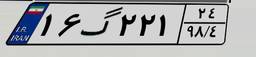
۱۶گ۲۲۱۲۴